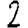
Digit: 2